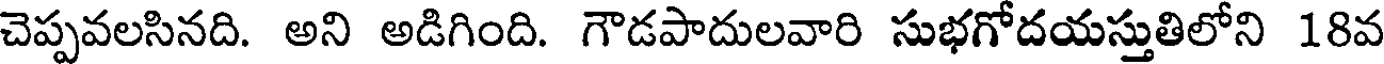
చెప్పవలసినది. అని అడిగింది. గౌడపాదులవారి సుభగోదయస్తుతిలోని 18వ